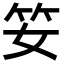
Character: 𥫭